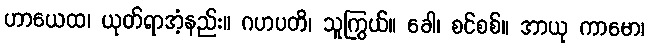
ဟာယေထ၊ ယုတ်ရာအံ့နည်း။ ဂဟပတိ၊ သူကြွယ်။ ခေါ၊ စင်စစ်။ အာယု ကာမော၊